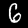
Label: 6